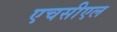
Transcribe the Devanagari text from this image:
एचसीएल